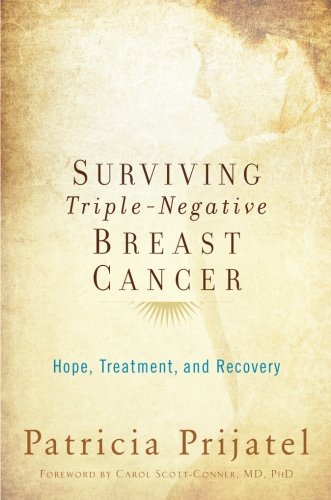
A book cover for Surviving Triple-Negative Breast Cancer: Hope, Treatment, and Recovery; Patricia Prijatel; Health, Fitness & Dieting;